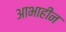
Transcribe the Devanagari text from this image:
आभाहीन